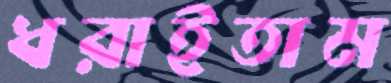
ধরাইতাম